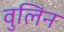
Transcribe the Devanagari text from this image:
वुलिन